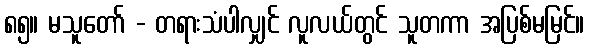
၈၅။ မသူတော် - တရားသံပါလျှင် လူလယ်တွင် သူတကာ အပြစ်မမြင်။